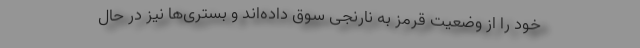
خود را از وضعیت قرمز به نارنجی سوق داده‌اند و بستری‌ها نیز در حال